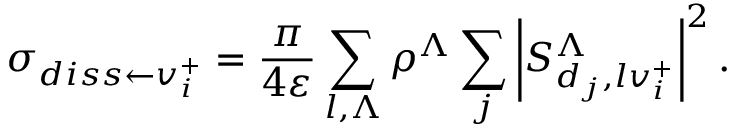
\sigma _ { d i s s \leftarrow { v _ { i } ^ { + } } } = \frac { \pi } { 4 \varepsilon } \sum _ { { l , \Lambda } } \rho ^ { { \Lambda } } \sum _ { j } \left\vert S _ { d _ { j } , { l } v _ { i } ^ { + } } ^ { { \Lambda } } \right\vert ^ { 2 } .